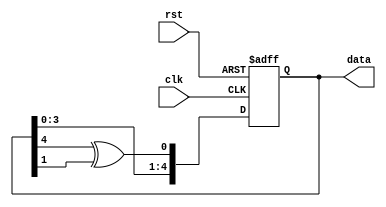
// Christopher Hays
// Linear Feedback Shift Register
// Creates a pseudo-random 5 bit output
// Uses a feedback loop to accomplish this


module lfsr (input  clk,
			 input  rst,
			 output reg [4:0] data
			 );

wire feedback = data[4] ^ data[1] ;  // xor bit 4 and bit 1


always @(posedge clk or negedge rst) begin
  if (~rst)
    data <= 4'hf;	// 4 bit hex F
  else
    data <= {data[3:0], feedback};  // LSB is replaced with the xor output
end
	
endmodule